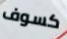
كسوف